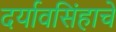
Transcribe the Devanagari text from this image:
दर्यावसिंहाचे